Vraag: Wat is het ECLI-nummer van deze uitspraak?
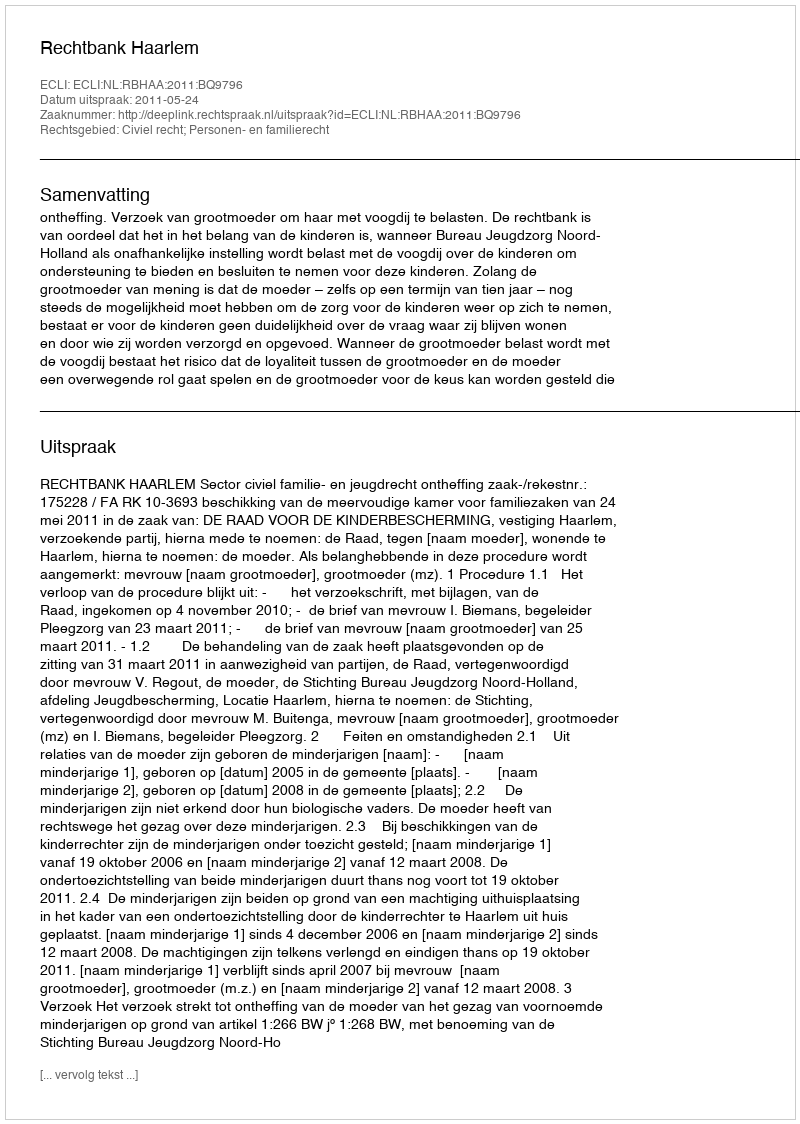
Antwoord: ECLI:NL:RBHAA:2011:BQ9796